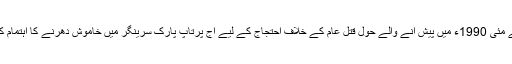
انٹرنیشنل فورم فار جسٹس اینڈ ہیومن رائٹس نے مئی 1990ء میں پیش آنے والے حول قتل عام کے خلاف احتجاج کے لیے آج پرتاپ پارک سرینگر میں خاموش دھرنے کا اہتمام کیا اور اس سلسلے میں ایک رپورٹ جاری کی۔